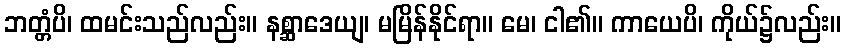
ဘတ္တံပိ၊ ထမင်းသည်လည်း။ နစ္ဆာဒေယျ၊ မမြိန်နိုင်ရာ။ မေ၊ ငါ၏။ ကာယေပိ၊ ကိုယ်၌လည်း။